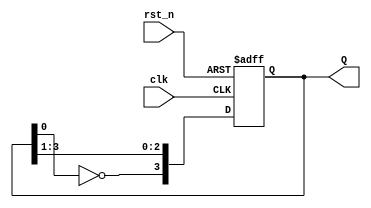
// ======================================================================
// Copyright (c) 2023-2023 All rights reserved
// ======================================================================
// Affiliation  : Tsinghua Univ & NeuraMatrix
// Revise Date  : 2023-06-07 17:18:44
// Description  : VL55 on nowcoder
// ======================================================================

module JC_counter (
  input  wire      clk ,
  input  wire      rst_n,
  output reg [3:0] Q  
);

  always @(posedge clk or negedge rst_n) begin
    if (~rst_n) begin
      Q <= 4'd0;
    end else begin
      Q <= {~Q[0], Q[3:1]};
    end
  end

endmodule